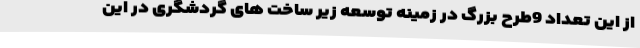
از این تعداد 9طرح بزرگ در زمینه توسعه زیر ساخت های گردشگری در این